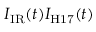
I _ { \mathrm { { I R } } } ( t ) I _ { \mathrm { { H 1 7 } } } ( t )